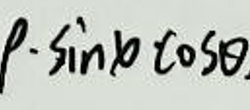
$\rho \cdot \sin \varphi \cos \theta$